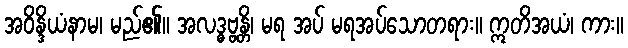
အဝိန္ဒိယံနာမ၊ မည်၏။ အလဒ္ဓဗ္ဗန္တိ၊ မရ အပ် မရအပ်သောတရား။ ဣတိအယံ၊ ကား။